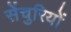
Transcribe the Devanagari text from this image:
सेंचुरियों